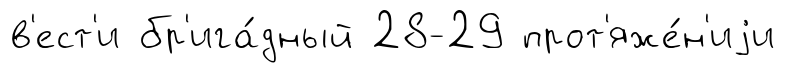
в'ест'и бр'ига́дный 28-29 прот'яже́н'иjи